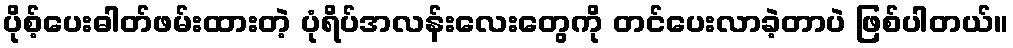
ပိုစ့်ပေးဓါတ်ဖမ်းထားတဲ့ ပုံရိပ်အလန်းလေးတွေကို တင်ပေးလာခဲ့တာပဲ ဖြစ်ပါတယ်။